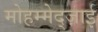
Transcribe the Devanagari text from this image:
मोहम्मेद्ज़ाई